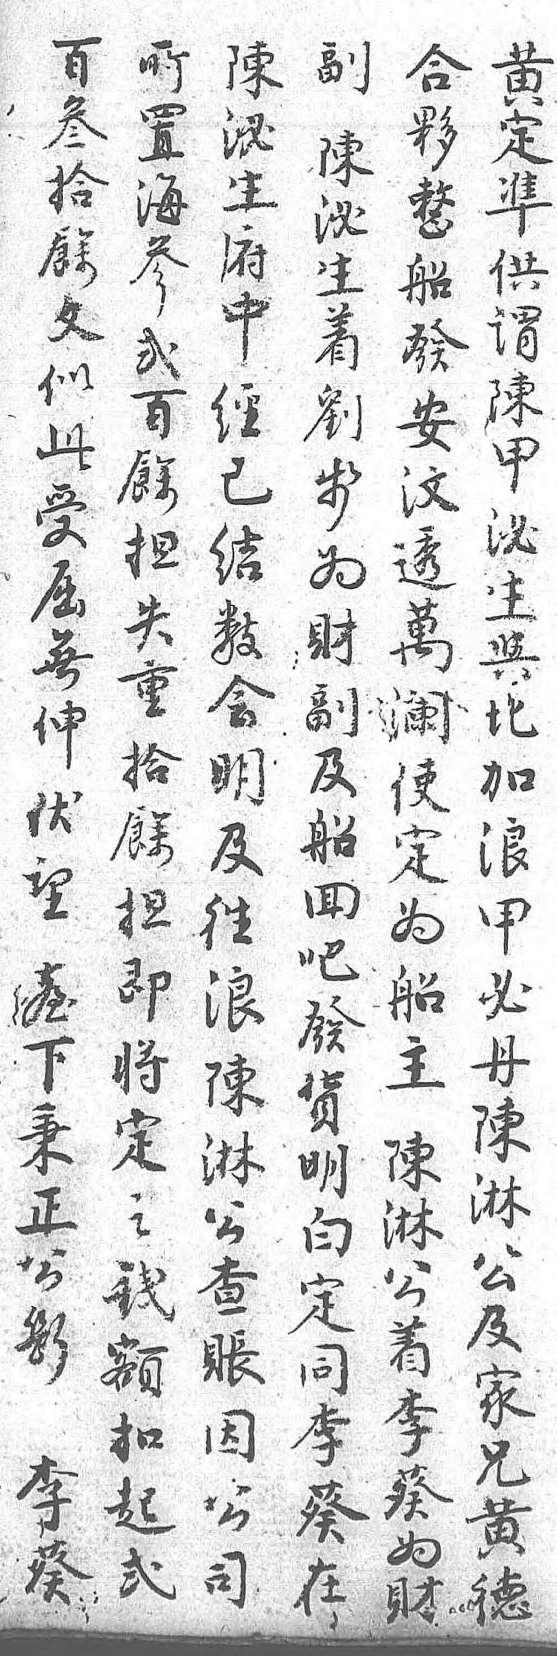
百所陳副黄合叁置泌陳定夥拾海生泌準整餘參府生供船文貳中着謂發似百經劉陳安此餘已步甲汶受擔結為泌透屈失數財生萬無重會副與瀾伸拾明及北使伏餘及船加定望擔往回浪為臺即浪吧甲船下將陳發必主秉定淋貨丹陳正之公明陳淋公錢查白淋公斷額賬定公着李扣因同及李葵起公李家葵 貳司葵兄為   在黄財    德